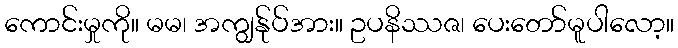
ကောင်းမှုကို။ မမ၊ အကျွန်ုပ်အား။ ဥပနိဿဇ၊ ပေးတော်မူပါလော့။